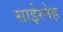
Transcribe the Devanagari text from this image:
साईस्नेह